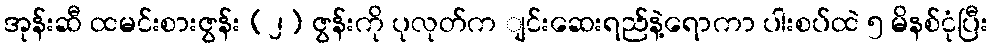
အုန်းဆီ ထမင်းစားဇွန်း (၂) ဇွန်းကို ပုလုတ်က ျင်းဆေးရည်နဲ့ရောကာ ပါးစပ်ထဲ ၅ မိနစ်ငုံပြီး